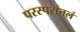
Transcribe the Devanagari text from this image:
परस्परांतलं